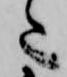
た